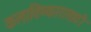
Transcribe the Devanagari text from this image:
कलाविष्कारासाठी